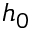
h _ { 0 }